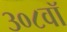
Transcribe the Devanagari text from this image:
३०८वॉ